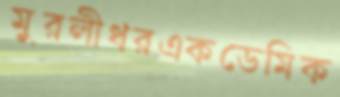
মুরলীধরএকডেমিক